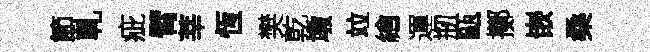
節軋疵臂莘恆樊乾墩竝繪運剏甌擲嵌桑